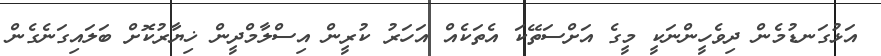
އަޅުގަނޑުމެން ދިވެހީންނަކީ މީގެ އަށްސަތޭކަ އެތަކެއް އަހަރު ކުރީން އިސްލާމްދީން ޚިޔާރުކޮށް ބަލައިގަނެގެން